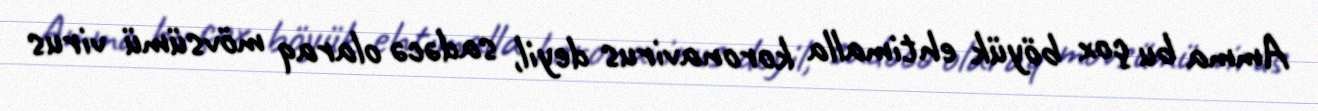
Amma bu çox böyük ehtimalla koronavirus deyil, sadəcə olaraq mövsümü virus